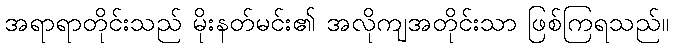
အရာရာတိုင်းသည် မိုးနတ်မင်း၏ အလိုကျအတိုင်းသာ ဖြစ်ကြရသည်။